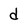
Character: d